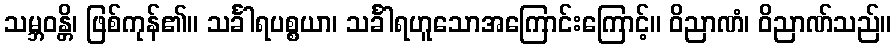
သမ္ဘဝန္တိ၊ ဖြစ်ကုန်၏။ သင်္ခါရပစ္စယာ၊ သင်္ခါရဟူသောအကြောင်းကြောင့်။ ဝိညာဏံ၊ ဝိညာဏ်သည်။